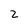
Character: 2